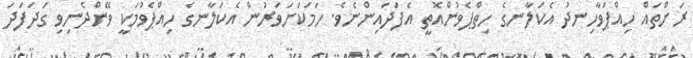
ރަށްތައް ހިއްޕަވާހިނދު އެކަލާނގެ ހިތްޕެވުންއޮތީ އެފަދައިންނެވެ. ހަމަކަށަވަރުން އެކަލާނގެ ހިއްޕެވުމަކީ ވޭންދެނިވި ގަދަފަދަ